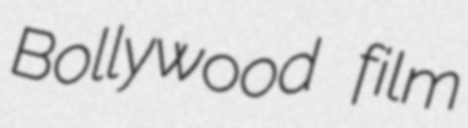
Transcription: Bollywood film